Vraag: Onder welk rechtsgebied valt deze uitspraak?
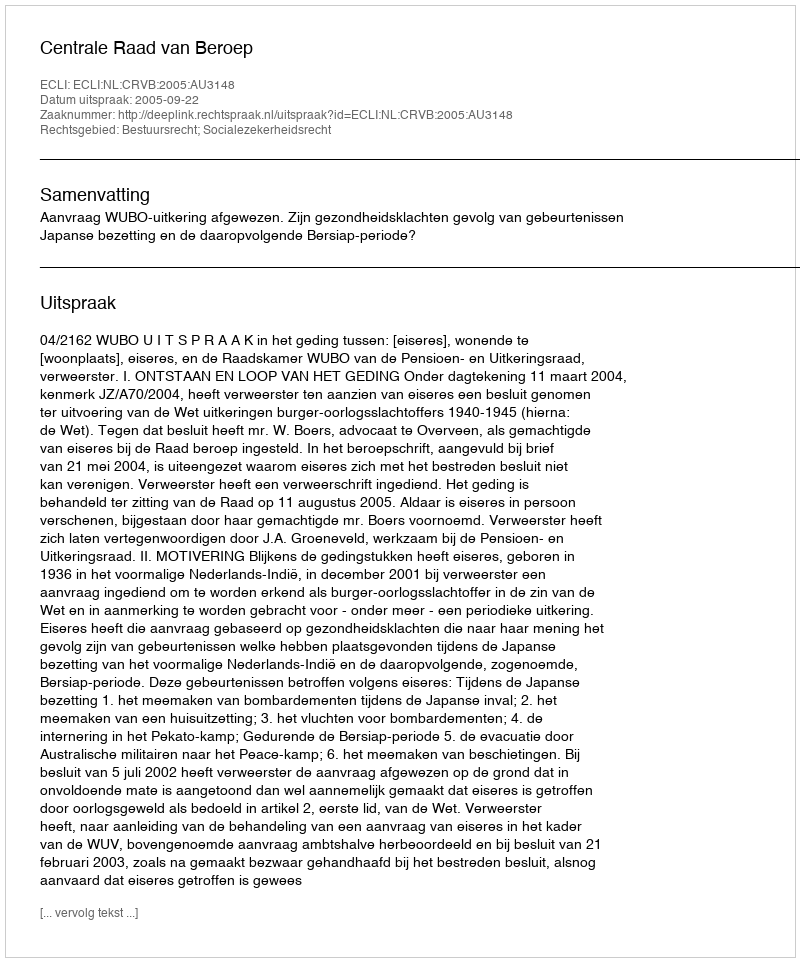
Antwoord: Bestuursrecht; Socialezekerheidsrecht